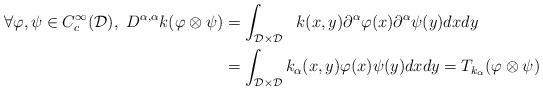
LaTeX: \begin{align*} \forall \varphi,\psi \in C_c^{\infty}(\mathcal{D}),\ D^{\alpha,\alpha}k(\varphi \otimes\psi) &= \int_{\mathcal{D}\times\mathcal{D}}\ \ k(x,y)\partial^{\alpha}\varphi(x)\partial^{\alpha}\psi(y)dxdy \\ &= \int_{\mathcal{D}\times\mathcal{D}}k_{\alpha}(x,y)\varphi(x)\psi(y)dxdy = T_{k_{\alpha}}(\varphi \otimes\psi)\end{align*}